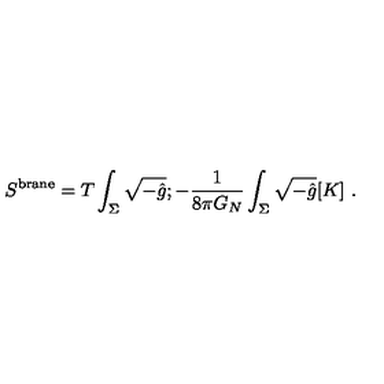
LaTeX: S ^ { \mathrm { b r a n e } } = T \int _ { \Sigma } \sqrt { - \hat { g } } ; - { \frac { 1 } { 8 \pi G _ { N } } } \int _ { \Sigma } \sqrt { - \hat { g } } [ K ] \ .